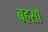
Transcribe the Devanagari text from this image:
बहसॉ